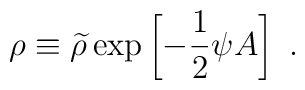
\rho\equiv{\widetilde \rho}\exp\left[-{1\over 2}\psi A\right]~.